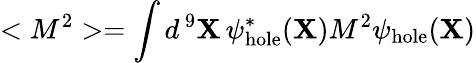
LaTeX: <M^{2}>=\int d^{\, 9}{\mathbf X}\, \psi_{\mathrm{hole}}^{*}({\mathbf X})M^{2}\psi_{\mathrm{hole}}({\mathbf X})